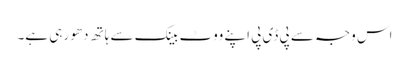
اس وجہ سے پی ڈی پی اپنے ووٹ بینک سے ہاتھ دھو رہی ہے۔